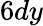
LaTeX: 6dy